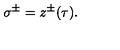
\: \sigma ^ { \pm } = z ^ { \pm } ( \tau ) . \: